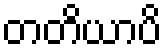
တတိယာပိ